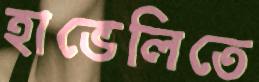
হাভেলিতে